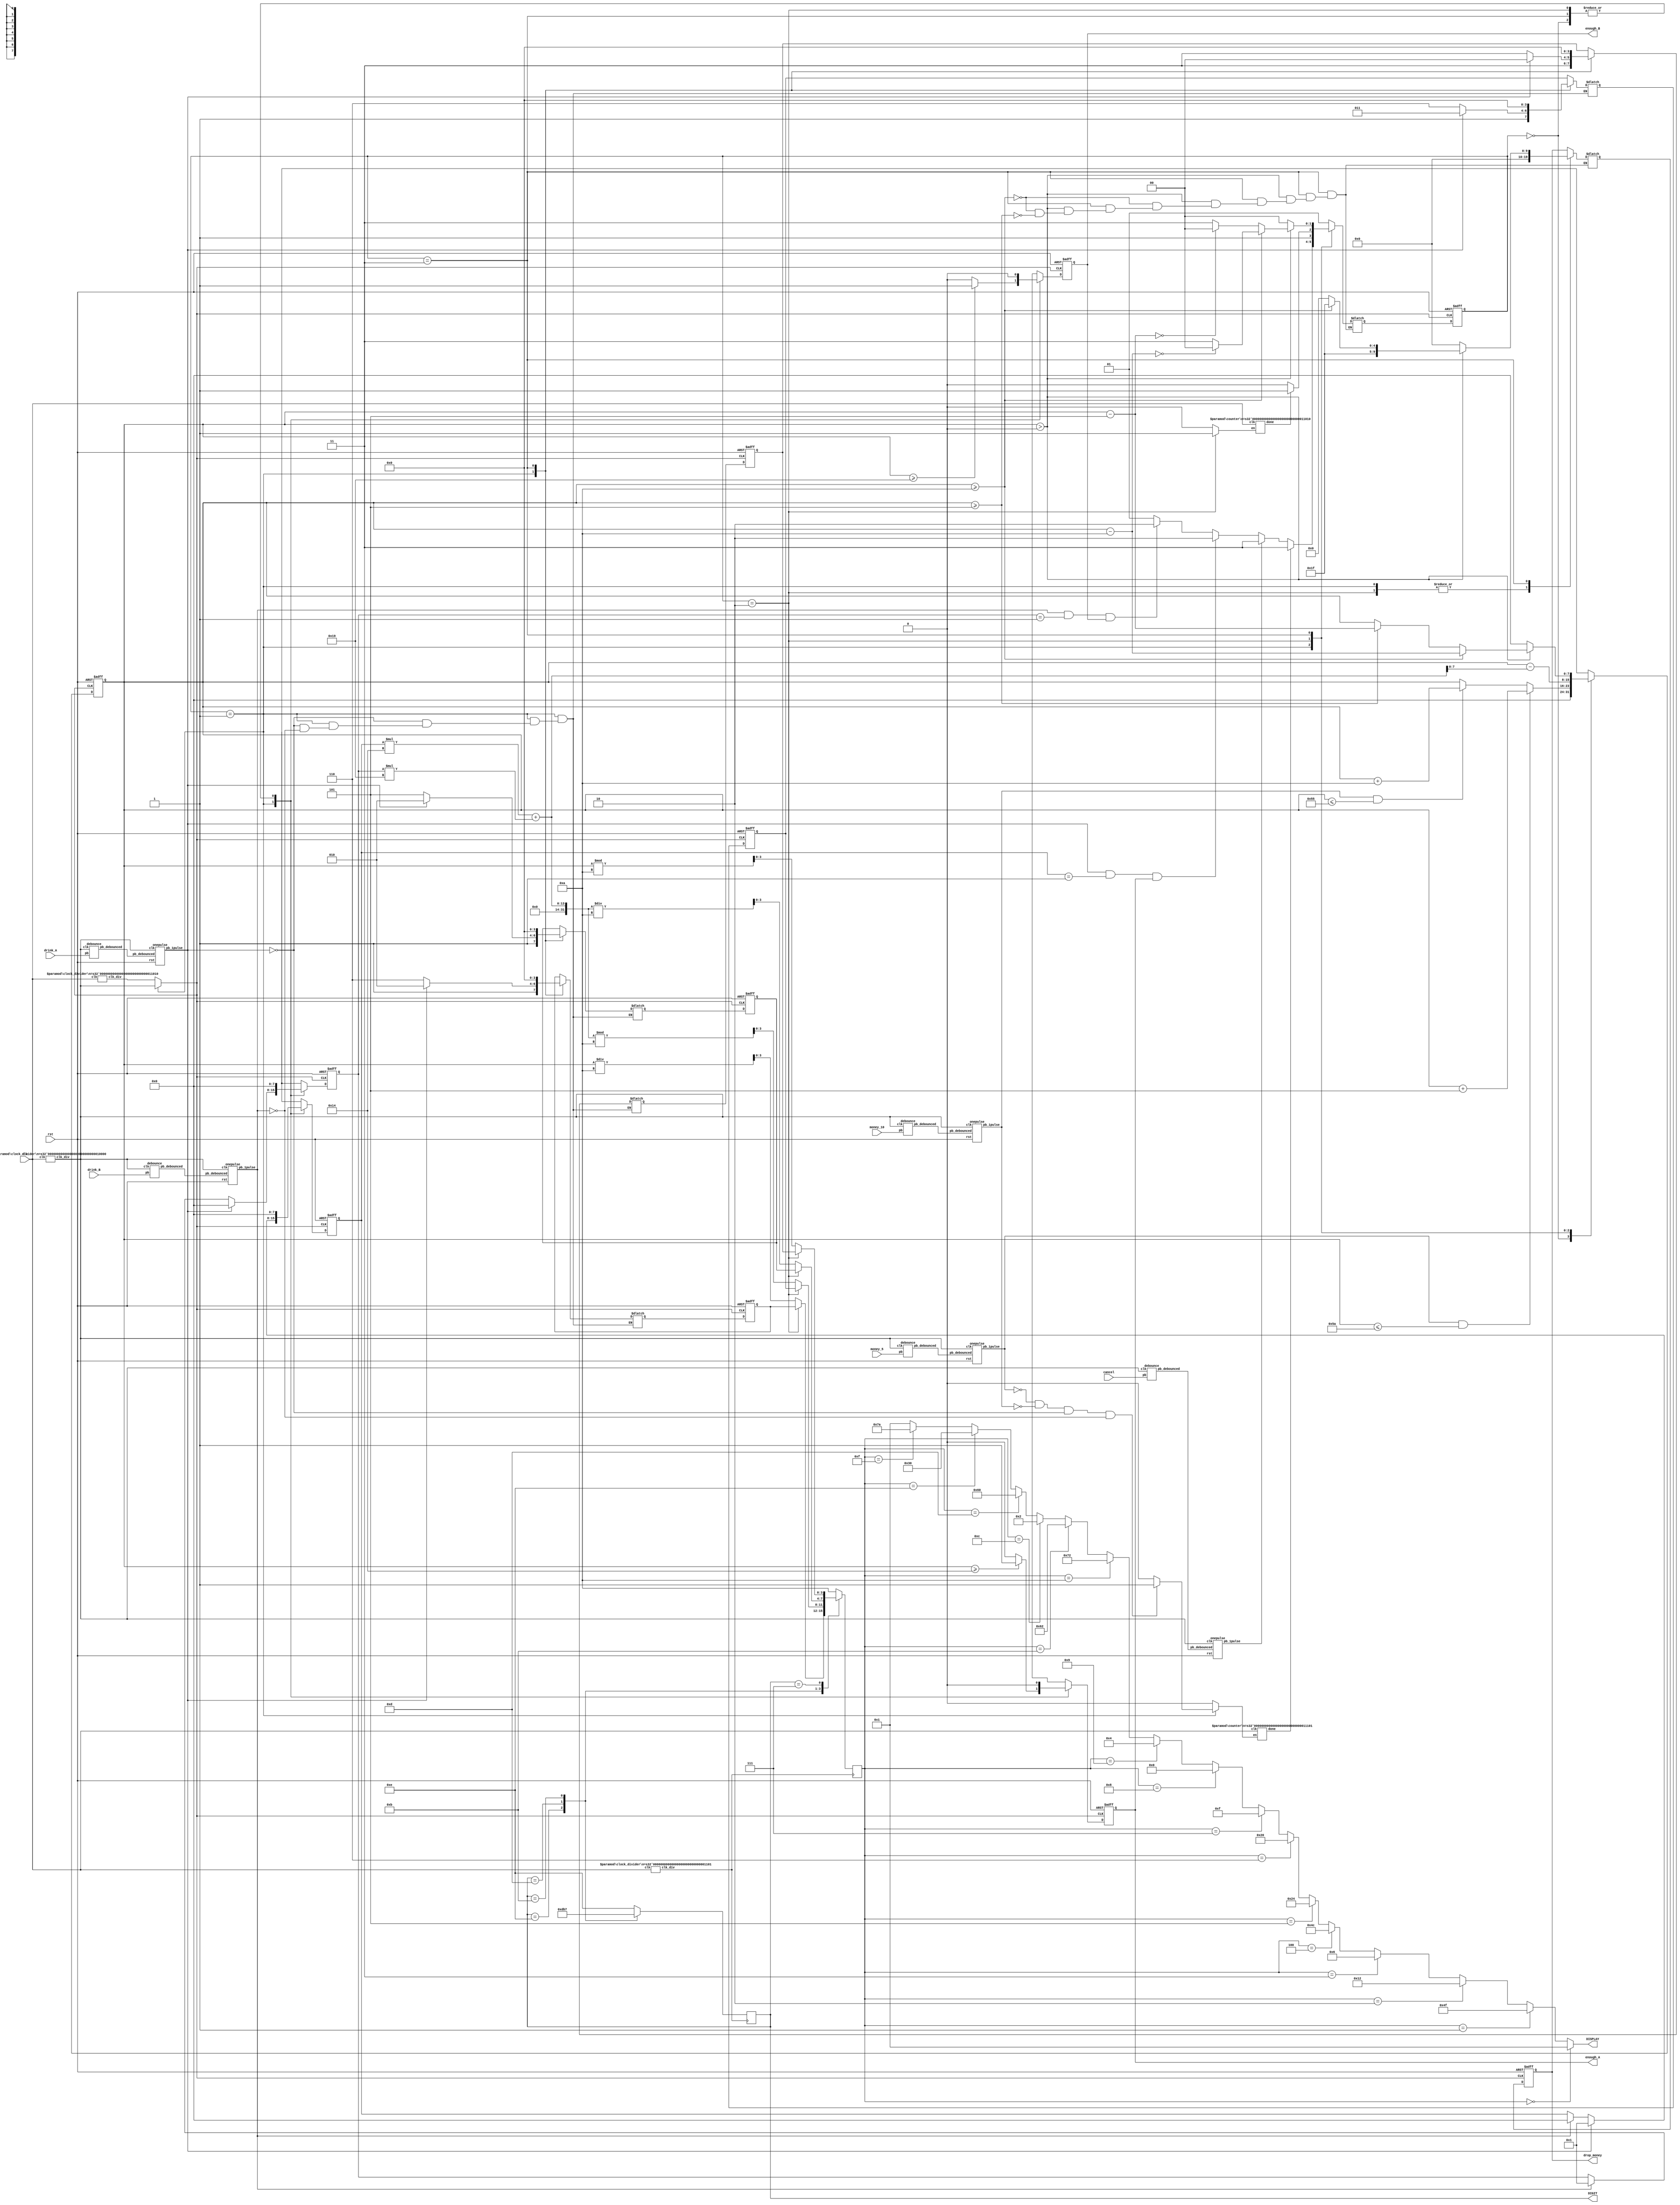
`timescale 1ns / 1ps
//////////////////////////////////////////////////////////////////////////////////
// Company: 
// Engineer: 
// 
// Design Name: 
// Module Name: lab05
// Project Name: 
// Target Devices: 
// Tool Versions: 
// Description: 
// 
// Dependencies: 
// 
// Revision:
// Revision 0.01 - File Created
// Additional Comments:
// 
//////////////////////////////////////////////////////////////////////////////////

`define INIT 2'b00
`define DEPOSIT 2'b01
`define BUY 2'b10
`define CHANGE 2'b11

module lab05(clk, rst, money_5, money_10, cancel, drink_A, drink_B, drop_money, enough_A, enough_B, DIGIT, DISPLAY);
	input clk;
	input rst;
	input money_5;
	input money_10;
	input cancel;
	input drink_A;
	input drink_B;
	output reg[9:0] drop_money;
	output reg enough_A;
	output reg enough_B;
	output [3:0] DIGIT;
	output [6:0] DISPLAY;
	
	wire clk_display, clk_button, clk_d, clk_used,
	     cancel_d, money_10_d, money_5_d, drink_A_d, drink_B_d,
	     cancel_1pulse, money_10_1pulse, money_5_1pulse, drink_A_1pulse, drink_B_1pulse,
		 en, en_wait, done, done_wait;
	reg [9:0] drop_money_next;
	reg [7:0] A_c, A_c_next, B_c, B_c_next, money_in, money_in_next;
	reg [1:0] state, next_state;
	reg [3:0] value, DIGIT, D0, D1, D2, D3,
	          D0_next, D1_next, D2_next, D3_next;
	reg enough_A_next, enough_B_next;
	
	clock_divider #(.n(26)) c26(.clk(clk), .clk_div(clk_display));
	clock_divider #(.n(16)) c16(.clk(clk), .clk_div(clk_button));
	clock_divider #(.n(13)) c13(.clk(clk), .clk_div(clk_d)); 
	
	debounce dcancel(.pb_debounced(cancel_d), .pb(cancel), .clk(clk_button));
	debounce dmoney_10(.pb_debounced(money_10_d), .pb(money_10), .clk(clk_button));
	debounce dmoney_5(.pb_debounced(money_5_d), .pb(money_5), .clk(clk_button));
	debounce dA(.pb_debounced(drink_A_d), .pb(drink_A), .clk(clk_button));
	debounce dB(.pb_debounced(drink_B_d), .pb(drink_B), .clk(clk_button));

	onepulse ocancel(.rst(rst), .clk(clk_button), .pb_debounced(cancel_d), .pb_1pulse(cancel_1pulse));
	onepulse omoney_10(.rst(rst), .clk(clk_button), .pb_debounced(money_10_d), .pb_1pulse(money_10_1pulse));
	onepulse omoney_5(.rst(rst), .clk(clk_button), .pb_debounced(money_5_d), .pb_1pulse(money_5_1pulse));
	onepulse oA(.rst(rst), .clk(clk_button), .pb_debounced(drink_A_d), .pb_1pulse(drink_A_1pulse));
	onepulse oB(.rst(rst), .clk(clk_button), .pb_debounced(drink_B_d), .pb_1pulse(drink_B_1pulse));
	
	counter #(.n(26)) display_cnt(clk, en, done);
	counter #(.n(29)) wait_cnt(clk, en_wait, done_wait);

	assign clk_used = (state == `DEPOSIT) ? clk_button : clk_display;
	assign en_wait = (state == `DEPOSIT) ? 
	                 (~money_5_1pulse && ~money_10_1pulse && ~drink_A_1pulse && ~drink_B_1pulse) ? 1 : 0 : 0;
	assign en = (state == `BUY) ? 1 : 0 ;
	assign DISPLAY = (value == 4'd0) ? 7'b0000001 :
					 (value == 4'd1) ? 7'b1001111 :
					 (value == 4'd2) ? 7'b0010010 :
					 (value == 4'd3) ? 7'b0000110 :
					 (value == 4'd4) ? 7'b1001100 :
					 (value == 4'd5) ? 7'b0100100 :
					 (value == 4'd6) ? 7'b0100000 :
					 (value == 4'd7) ? 7'b0001111 :
					 (value == 4'd8) ? 7'b0000000 :
					 (value == 4'd9) ? 7'b0000100 :
					 (value == 4'd10) ? 7'b1110010 : // c
					 (value == 4'd11) ? 7'b1100010 : // o
					 (value == 4'd12) ? 7'b0000010 : // a
					 (value == 4'd13) ? 7'b1100000 : // b
					 (value == 4'd14) ? 7'b0110000 : // e
					 (value == 4'd15) ? 7'b1111010 : // r
					 7'b0000001;
	//cock, beer
	always@(*)begin
		case(state)
			`INIT: begin
				drop_money_next = drop_money;
				money_in_next = 0;
				A_c_next = 8'd0;
				B_c_next = 8'd0;
				enough_A_next=0;
				enough_B_next=0;
				D0_next = D0;
				D1_next = D1;
				D2_next = D2;
				D3_next = D3;
				next_state = `DEPOSIT;
			end
			
			`DEPOSIT: begin
				money_in_next = money_in;
				A_c_next = A_c;
				B_c_next = B_c;
				enough_A_next=0;
				enough_B_next=0;
				drop_money_next = 10'b0000000000;
				
				if (money_5_1pulse == 1 && money_in <= 8'd90) money_in_next = money_in + 8'd5;
				else if (money_10_1pulse == 1 && money_in <= 8'd85) money_in_next = money_in + 8'd10;
				
				if (money_in >= 20) enough_A_next = 1;
				if (money_in >= 25) enough_B_next = 1;

				if (drink_A_1pulse == 1) begin
					A_c_next = 8'd1;
					B_c_next = 8'd0;
					D0_next = 4'd10; // c
					D1_next = 4'd11; // o
					D2_next = 4'd10; // c
					D3_next = 4'd12; // a
				end
				else if (drink_B_1pulse == 1) begin
					A_c_next = 8'd0;
					B_c_next = 8'd1;
					D0_next = 4'd13; // b
					D1_next = 4'd14; // e
					D2_next = 4'd14; // e
					D3_next = 4'd15; // r
				end

				if (done_wait == 1) next_state = `CHANGE;
				else if (cancel_1pulse) next_state = `CHANGE;
				else if (drink_A_1pulse == 1 && A_c == 1 && enough_A == 1) next_state = `BUY;
				else if (drink_B_1pulse == 1 && B_c == 1 && enough_B == 1) next_state = `BUY;
				else next_state = `DEPOSIT;
			end
			
			`BUY: begin
				money_in_next = money_in - (A_c*20 + B_c*25);
				A_c_next = 0;
				B_c_next = 0;
				enough_A_next = 0;
				enough_B_next = 0;
				D0_next = D0;
				D1_next = D1;
				D2_next = D2;
				D3_next = D3;
				if(done == 1) next_state = `CHANGE;
				else next_state = `BUY;
				drop_money_next = 10'b0000000000;
			end
			
			`CHANGE: begin
				D0_next = 4'd0;
				D1_next = 4'd0;
				D2_next = 4'd0;
				D3_next = 4'd0;
				enough_A_next = 0;
				enough_B_next = 0;
				money_in_next = money_in;
				A_c_next = 0;
				B_c_next = 0;
				if(money_in > 0) begin
					if(money_in >= 8'd10) begin
						money_in_next = money_in - 8'd10;
						drop_money_next = 10'b1111111111;
						if(money_in_next == 0) next_state = `INIT;
						else next_state = `CHANGE;
					end
					else if(money_in >= 8'd5) begin
						money_in_next = money_in-8'd5;
						drop_money_next = 10'b1111100000;
						if(money_in_next == 0) next_state = `INIT;
						else next_state = `CHANGE;
					end
				end
				else begin
					money_in_next = 0;
					drop_money_next = 10'b0000000000;
					next_state = `INIT;
				end
			end
			
			default: begin
				next_state = `INIT;
				A_c_next = 0;
				B_c_next = 0;
				enough_A_next=0;
				enough_B_next=0;
				money_in_next=0;
				drop_money_next = 10'b0000000000;
				D0_next = 0;
				D1_next = 0;
				D2_next = 0;
				D3_next = 0;
			end
		endcase
	end

	always@(posedge clk_used, posedge rst) begin
		if(rst==1) begin
			state <= `DEPOSIT;
			money_in <= 0;	//the money that was put in
			A_c <= 8'd0;
			B_c <= 8'd0;
			enough_A <= 0;
			enough_B <= 0;
			drop_money <= 10'b0000000000;
			D0 <= 0;
			D1 <= 0;
			D2 <= 0;
			D3 <= 0;
		end
		else begin
			state <= next_state;
			money_in <= money_in_next;
			A_c <= A_c_next;
			B_c <= B_c_next;
			enough_A <= enough_A_next;
			enough_B <= enough_B_next;
			drop_money <= drop_money_next;
			D0 <= D0_next;
			D1 <= D1_next;
			D2 <= D2_next;
			D3 <= D3_next;
		end
	end

	always @(posedge clk_d) begin
		case(DIGIT)
		4'b1110: begin
			value = (state == `BUY) ? D2 : money_in/8'd10;
			DIGIT = 4'b1101;
		end
		4'b1101: begin
			value = (state == `BUY) ? D1 : (A_c*20 + B_c*25)%8'd10;
			DIGIT = 4'b1011;
		end
		4'b1011: begin
			value =  (state == `BUY) ? D0 : (A_c*20 + B_c*25)/8'd10;
			DIGIT = 4'b0111;
		end
		4'b0111: begin
			value =  (state == `BUY) ? D3 : money_in%8'd10;
			DIGIT = 4'b1110;
		end
		default: begin
			value = 8'd10;
			DIGIT = 4'b1110;
		end
		endcase
	end
endmodule

module clock_divider(clk, clk_div);
	parameter n = 26;
	input clk;
	output clk_div;
	
	reg [n-1:0] cnt;
	wire [n-1:0] cnt_next;
	
	always@(posedge clk) begin
		cnt <= cnt_next;
	end
	
	assign cnt_next = cnt + 1'b1;
	assign clk_div = cnt[n-1];
endmodule

module debounce(pb_debounced, pb, clk);
	output pb_debounced;
	input pb;
	input clk;

	reg [3:0] shift_reg;

	always@(posedge clk)
	begin
		shift_reg[3:0] = {shift_reg[2:0], pb};
	end

	assign pb_debounced = ((shift_reg == 4'b1111) ? 1'b1 : 1'b0);
endmodule

module onepulse(
input wire rst,
input wire clk,
input wire pb_debounced,
output reg pb_1pulse);
	reg pb_1pulse_next;
	reg pb_debounced_delay;

	always@* begin
		pb_1pulse_next = pb_debounced & ~pb_debounced_delay;
	end

	always @(posedge clk, posedge rst) begin
		if(rst == 1'b1) begin
			pb_1pulse <= 1'b0;
			pb_debounced_delay <= 1'b0;
		end
		else begin
			pb_1pulse <= pb_1pulse_next;
			pb_debounced_delay <= pb_debounced;
		end 
	end
endmodule

module counter(clk, en, done);
	parameter n = 26;
	input clk, en;
	output done;
	
	reg [n:0] cnt;
	wire [n:0] cnt_next;
	
	always@(posedge clk) begin
		if(en == 1) cnt <= cnt_next;
		else cnt <= 0;
	end
	
	assign cnt_next = cnt + 1'b1;
	assign done = cnt[n];
endmodule